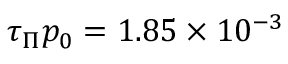
\tau _ { \Pi } p _ { 0 } = 1 . 8 5 \times 1 0 ^ { - 3 }